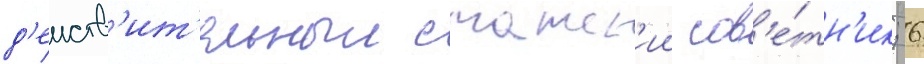
д'еиств'ит'ельныи статск'ии сов'е́тн'ик; 6